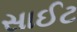
સાઈટ